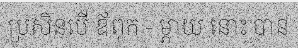
ប្រសិនបើ ឪពុក - ម្តាយ នោះ បាន